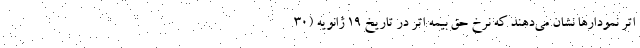
اتر نمودارها نشان می‌دهند که نرخ حق بیمه اتر در تاریخ ۱۹ ژانویه (۳۰